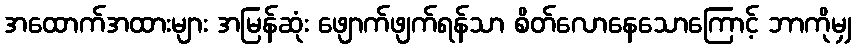
အထောက်အထားများ အမြန်ဆုံး ဖျောက်ဖျက်ရန်သာ စိတ်လောနေသောကြောင့် ဘာကိုမျှ